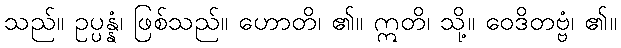
သည်။ ဥပ္ပန္နံ၊ ဖြစ်သည်။ ဟောတိ၊ ၏။ ဣတိ၊ သို့။ ဝေဒိတဗ္ဗံ၊ ၏။